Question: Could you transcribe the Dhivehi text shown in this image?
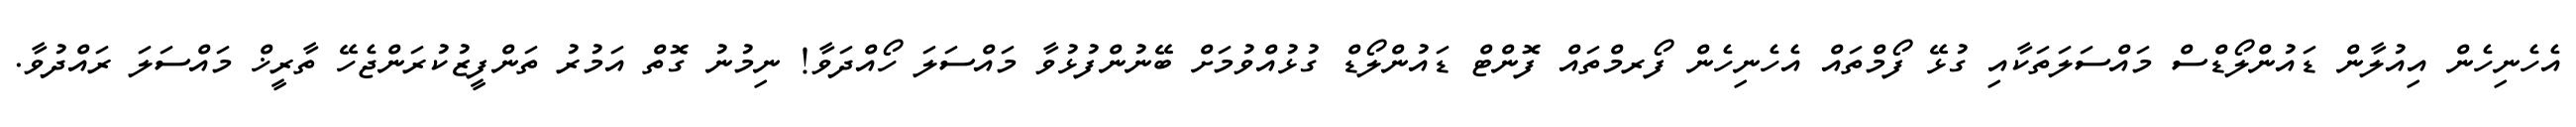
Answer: އެހެނިހެން އިއުލާން ޑައުންލޯޑްސް މައްސަލަތަކާއި ގުޅޭ ފޯމްތައް އެހެނިހެން ފޯރމްތައް ފޮންޓް ޑައުންލޯޑް ގުޅުއްވުމަށް ބޭނުންފުޅުވާ މައްސަލަ ހޯއްދަވާ! ނިމުނު ގޮތް އަމުރު ތަންފީޒުކުރަންޖެހޭ ތާރީޚް މައްސަލަ ރައްދުވާ.